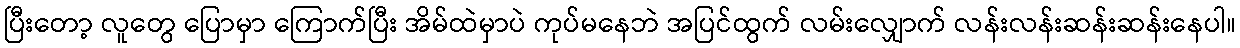
ပြီးတော့ လူတွေ ပြောမှာ ကြောက်ပြီး အိမ်ထဲမှာပဲ ကုပ်မနေဘဲ အပြင်ထွက် လမ်းလျှောက် လန်းလန်းဆန်းဆန်းနေပါ။